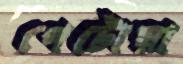
পেটোয়া